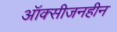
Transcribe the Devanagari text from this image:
ऑक्सीजनहीन